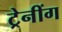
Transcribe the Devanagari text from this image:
ट्रेनींग